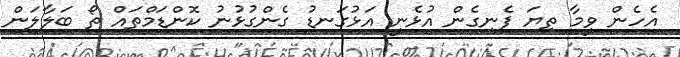
އެހެން ވީމާ ތިޔަ ފެނިގެން އުޅެނީ އަޅުގަނޑު ގެންގުޅުނު ކޮންޑަމްތައް ތޯ ބަލާލަން